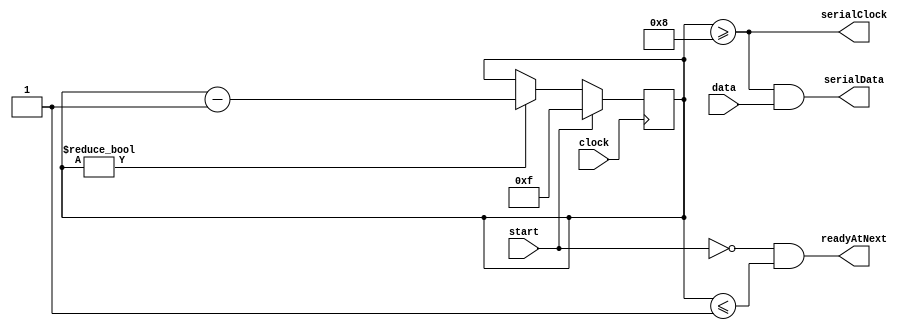
`default_nettype none
// vim: set ft=verilog ts=4 sw=4 et:

`define START_FRAME_DELIMITER 8'hAB
`define START_FRAME_DELIMITER_BITS 8
`define HIGH_CYCLES 8
`define LOW_CYCLES 8
`define CYCLE_COUNTER_WIDTH 5
// HIGH_CYCLES >= HIGH_CYCLES_READ > HIGH_CYCLES/2
`define HIGH_CYCLES_READ 6

module sendBit(input wire clock, 
               input wire start,
               input wire data,
               output wire serialClock, serialData,
               output wire readyAtNext);
    reg [`CYCLE_COUNTER_WIDTH-1:0] count = 0;
    always @(posedge clock) begin 
        if (start) count <= `HIGH_CYCLES + `LOW_CYCLES - 1;
        else if (count != 0) count <= count - 1;
    end
    assign readyAtNext = (!start) && count <= 1;
    assign serialClock = count >= `LOW_CYCLES;
    assign serialData  = serialClock & data;
endmodule

module receiveBit(input wire clock, serialClock, serialData,
                  output reg ready = 0, output reg data = 0);
    reg [`HIGH_CYCLES_READ-1:0] serialClockHistory = 0;
    always @(posedge clock) begin
        serialClockHistory = {serialClockHistory, serialClock};
        if (&serialClockHistory) begin
            ready <= 1;
            data <= serialData;
            serialClockHistory = 0;
        end
        if (ready) ready <= 0;
    end
endmodule

module sendFrame #(parameter WIDTH=16, LOGSIZE=1)
                (input wire clock, start,
                output reg [LOGSIZE-1:0] index = (1<<LOGSIZE)-1,
                input wire [WIDTH-1:0] data,
                output wire serialClock, serialData,
                output wire readyAtNext);
    reg startBit = 0;
    reg [15:0] i = 0;
    wire bitReadyAtNext;
    wire [`START_FRAME_DELIMITER_BITS+WIDTH-1:0] frame = {`START_FRAME_DELIMITER, data};
    sendBit sendBit(clock, startBit, frame[i], serialClock, serialData, bitReadyAtNext);
    always @(posedge clock) begin
        if (start) begin
            i <= `START_FRAME_DELIMITER_BITS+WIDTH-1;
            startBit <= 1;
            index <= 0;
        end
        if (bitReadyAtNext) begin
            if (i >= 1) begin
                i <= i - 1;
                startBit <= 1;
            end
            if (i == 0 && !(&index)) begin // NOT end of packet
                index <= index + 1;
                i <= WIDTH-1;
                startBit <= 1;
            end
        end
        if (startBit) startBit <= 0;
    end
    assign readyAtNext = i==0 && (&index) && !start;
endmodule

module receiveFrame #(parameter WIDTH=16, LOGSIZE=1)
                (input wire clock,
                input wire serialClock, serialData,
                output reg [WIDTH-1:0] data=0,
                output reg ready = 0,
                output reg sampleReady = 0,
                output reg [LOGSIZE-1:0] index = 0,
                output reg [15:0] i = WIDTH-1);
    reg receiving = 0; // 1:receiving 0:seeking
    reg [6:0] seekBuffer = 0;
    wire receiveReady, receiveData;
    receiveBit receive(clock, serialClock, serialData, receiveReady, receiveData);
    always @(posedge clock) begin
        if (!receiving && receiveReady) begin
            seekBuffer <= {seekBuffer[6:0], receiveData};
            if ({seekBuffer[6:0], receiveData} == `START_FRAME_DELIMITER) begin
                receiving <= 1;
                seekBuffer <= 0;
                i <= WIDTH-1;
                index <= {LOGSIZE{1'b1}};
            end
        end else if (receiving && receiveReady) begin
            data[i] <= receiveData;
            if (i != 0) i <= i - 1;
            else begin
				sampleReady <= 1;
                i <= WIDTH-1;
                index <= index + 1;
                if (index == {LOGSIZE{1'b1}} - 1) begin // end of packet
                    ready <= 1;
                    receiving <= 0;
                end
            end
        end
        if (ready) ready <= 0;
        if (sampleReady) sampleReady <= 0;
    end
endmodule